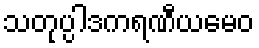
သတုပ္ပါဒကရဏီယမေဝ